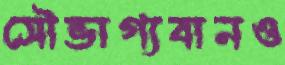
সৌভাগ্যবানও